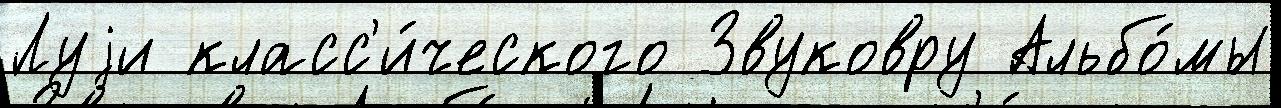
Луjи класс'и́ческого Звуковру Альбо́мы